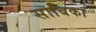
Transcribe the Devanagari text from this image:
साबिका